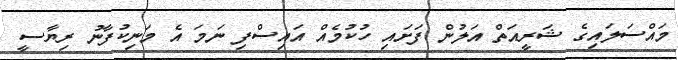
މައްސަލައިގެ ޝަރީއަތް އަލުން ފަށައި ހުކުމެއް އައިސްފި ނަމަ އެ މަނިކުފާނު ރިޔާސީ